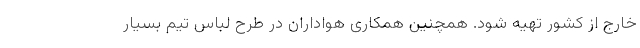
خارج از کشور تهیه شود. همچنین همکاری هواداران در طرح لباس تیم بسیار